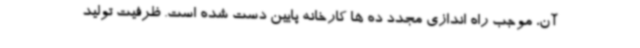
آن، موجب راه اندازی مجدد ده ها کارخانه پایین دست شده است. ظرفیت تولید